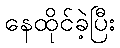
နေထိုင်ခဲ့ပြီး